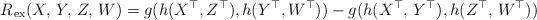
LaTeX: \begin{align*} R_{\,\rm ex}(X,\,Y,\,Z,\,W)= g(h(X^\top,Z^\top),h(Y^\top,W^\top))-g(h(X^\top,\,Y^\top),h(Z^\top,\,W^\top))\end{align*}